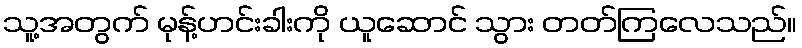
သူ့အတွက် မုန့်ဟင်းခါးကို ယူဆောင် သွား တတ်ကြလေသည်။